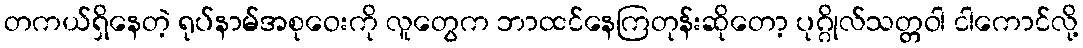
တကယ်ရှိနေတဲ့ ရုပ်နာမ်အစုဝေးကို လူတွေက ဘာထင်နေကြတုန်းဆိုတော့ ပုဂ္ဂိုလ်သတ္တဝါ ငါကောင်လို့